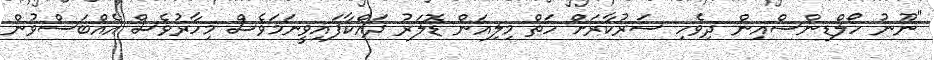
"ނޫނު ހޯލްޑިންސްއިން ދިވެހި ސަރުކާރަށް ހަތް މިލިއަން ޑޮލަރު ދައްކާފައިވީނަމަވެސް މިހާރުވެސް އެއްބަސްވުން